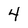
Character: 4